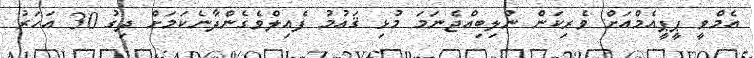
އެމްވީ ޕީޕީއެމްއަށް ވެރިކަން ނުލިބިއްޖެނަމަ މުޅި ޤައުމު ފެއިލްވެގެންދާނެކަމަށް ދިގު 30 އަހަރު